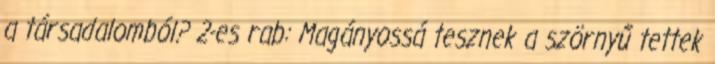
a társadalomból? 2-es rab: Magányossá tesznek a szörnyű tettek